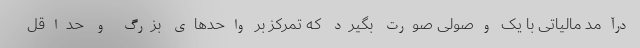
درآمد مالیاتی با یک وصولی صورت بگیرد که تمرکز بر واحدهای بزرگ و حداقل